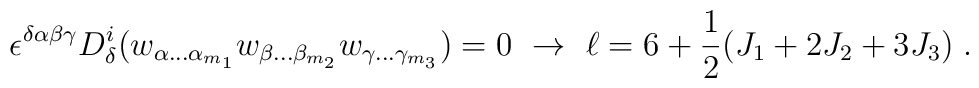
\epsilon^{\delta\alpha\beta\gamma}D^i_\delta(w_{\alpha\ldots\alpha_{m_1}}w_{\beta\ldots\beta_{m_2}} w_{\gamma\ldots\gamma_{m_3}}) = 0\ \rightarrow \ \ell = 6 +{1\over 2}(J_1+2J_2+3J_3)\;.